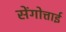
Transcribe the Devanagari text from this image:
सेंगोत्ताई